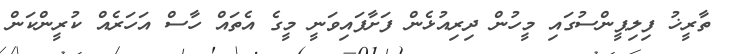
ތާރީޚު ފިލިޕީންސުގައި މީހުން ދިރިއުޅެން ފަށާފައިވަނީ މީގެ އެތައް ހާސް އަހަރެއް ކުރީންކަން